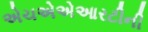
એચએએઆરટીની